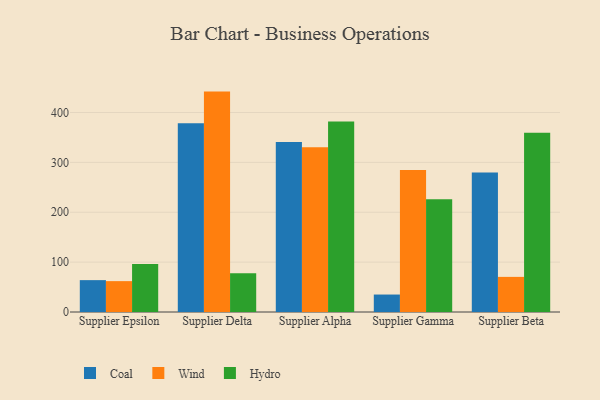
{"axis": {"x": "Supplier", "y": "Page Views"}, "legend": ["Coal", "Hydro", "Wind"], "data": [{"x": "Supplier Epsilon", "y": 63.9, "type": "Coal"}, {"x": "Supplier Epsilon", "y": 61.9, "type": "Wind"}, {"x": "Supplier Epsilon", "y": 96.4, "type": "Hydro"}, {"x": "Supplier Delta", "y": 378.5, "type": "Coal"}, {"x": "Supplier Delta", "y": 441.9, "type": "Wind"}, {"x": "Supplier Delta", "y": 77.8, "type": "Hydro"}, {"x": "Supplier Alpha", "y": 340.6, "type": "Coal"}, {"x": "Supplier Alpha", "y": 330.2, "type": "Wind"}, {"x": "Supplier Alpha", "y": 381.9, "type": "Hydro"}, {"x": "Supplier Gamma", "y": 35.0, "type": "Coal"}, {"x": "Supplier Gamma", "y": 284.9, "type": "Wind"}, {"x": "Supplier Gamma", "y": 226.3, "type": "Hydro"}, {"x": "Supplier Beta", "y": 279.8, "type": "Coal"}, {"x": "Supplier Beta", "y": 70.4, "type": "Wind"}, {"x": "Supplier Beta", "y": 359.6, "type": "Hydro"}]}